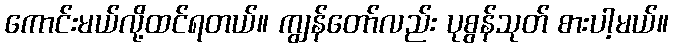
ကောင်းမယ်လို့ထင်ရတယ်။ ကျွန်တော်လည်း ပုစွန်သုတ် စားပါ့မယ်။